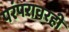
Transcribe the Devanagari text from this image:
परंपरावरही